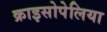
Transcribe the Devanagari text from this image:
क्राइसोपेलिया